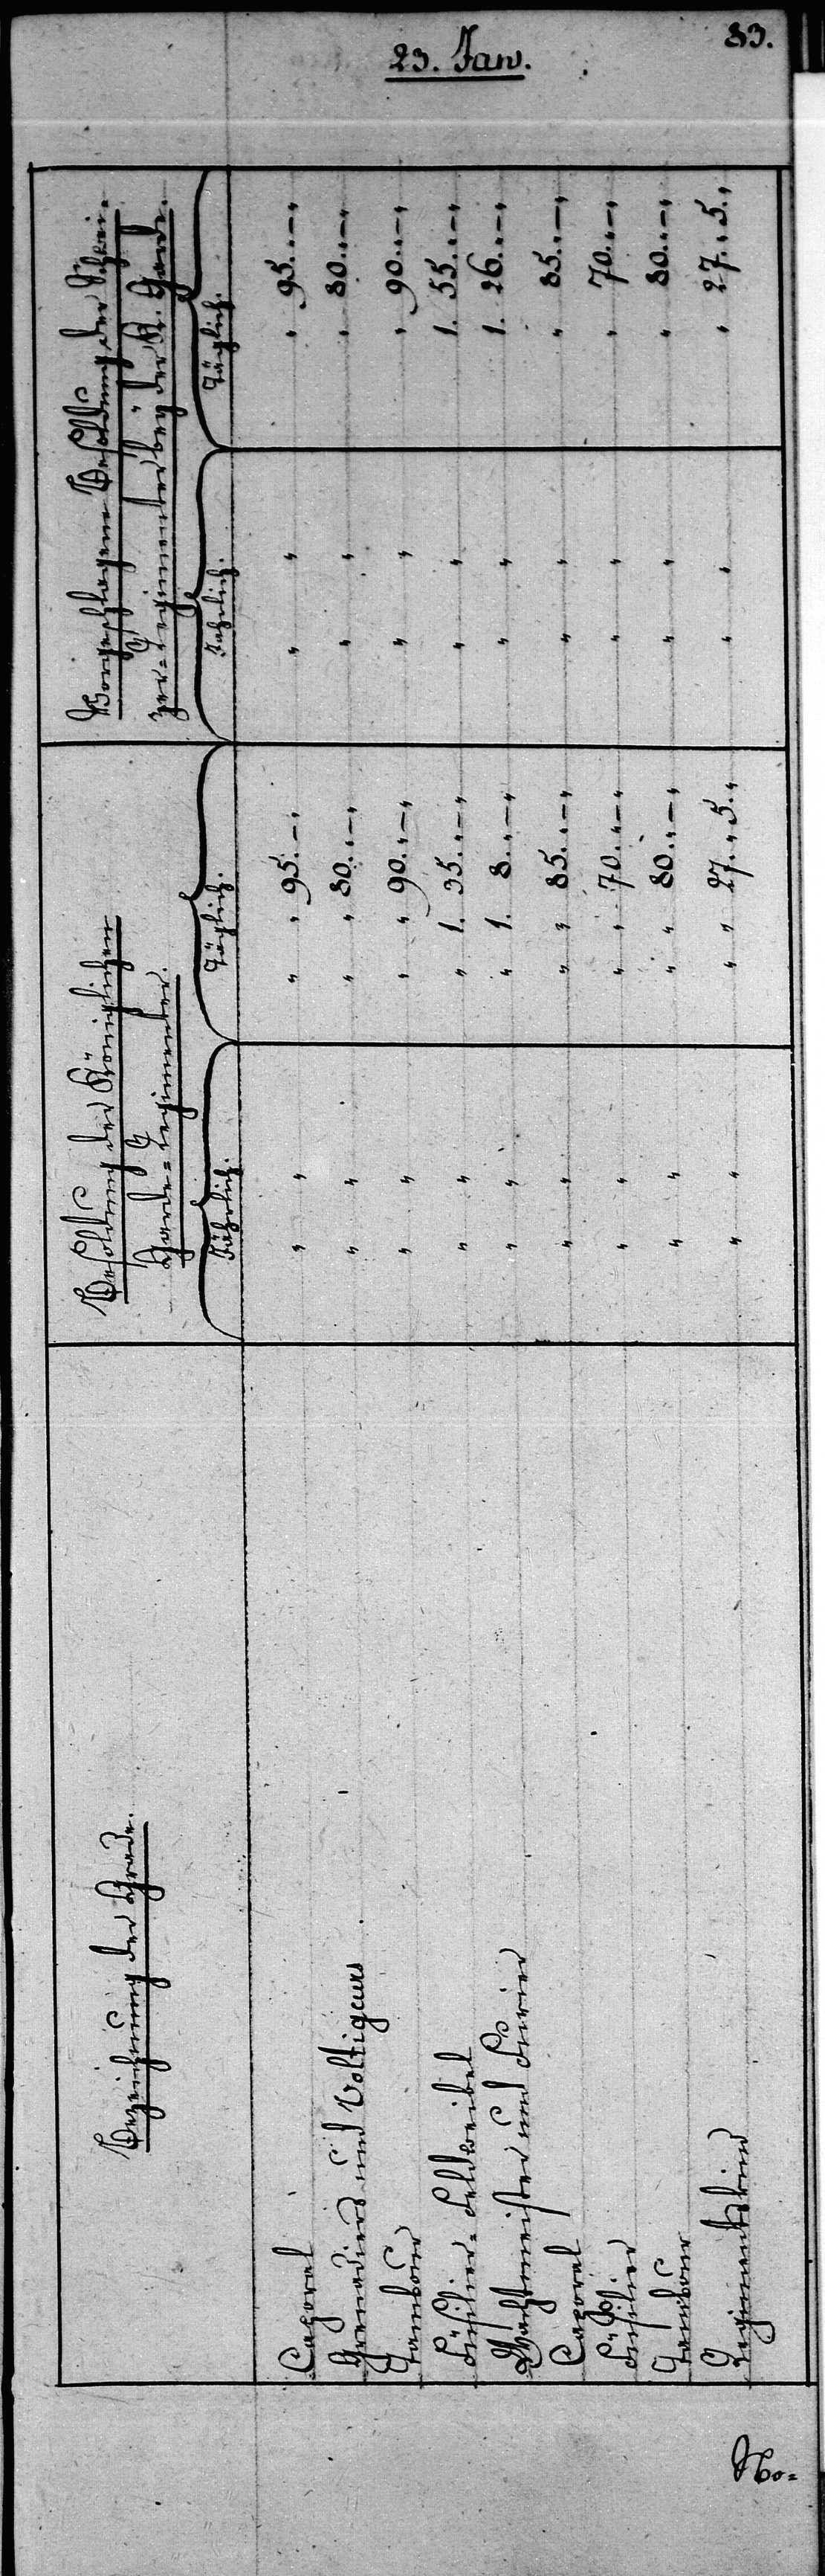
Vorges¬
95.
1.
35.
–
1.
tskind

70.
–
70.
–
80.

–

27.
5

–

85.
–

Regimen¬

55.
–
K.
Garde.